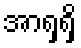
အာရှရှိ